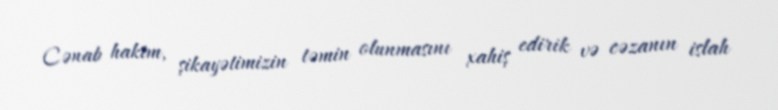
Cənab hakim, şikayətimizin təmin olunmasını xahiş edirik və cəzanın islah